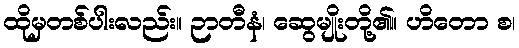
ထိုမှတစ်ပါးလည်း။ ဉာတီနံ၊ ဆွေမျိုးတို့၏။ ဟိတော စ၊